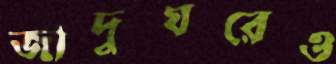
জাদুঘরেও